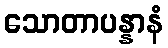
သောတာပန္နာနံ